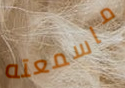
ماسمعته